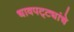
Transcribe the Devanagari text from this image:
धावपट्ट्यांचे